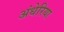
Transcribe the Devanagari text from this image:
अंधेरिया